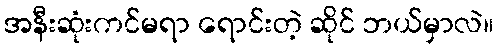
အနီးဆုံးကင်မရာ ရောင်းတဲ့ ဆိုင် ဘယ်မှာလဲ။